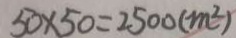
5 0 \times 5 0 = 2 5 0 0 ( m ^ { 2 } )